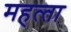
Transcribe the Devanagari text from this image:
महत्‍ता